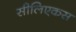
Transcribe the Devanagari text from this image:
सीलिएकस